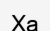
Ха